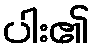
ပါး၏